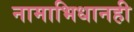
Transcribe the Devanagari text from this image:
नामाभिधानही